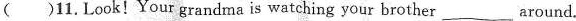
（）11.L00k! Your grandma is watching your brother___around.